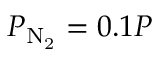
P _ { \mathrm { N _ { 2 } } } = 0 . 1 P